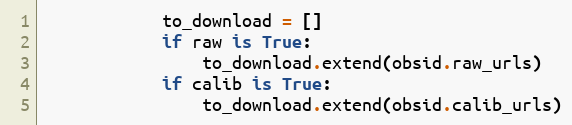
Language: Python
            to_download = []
            if raw is True:
                to_download.extend(obsid.raw_urls)
            if calib is True:
                to_download.extend(obsid.calib_urls)